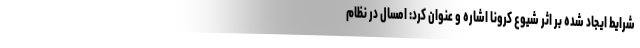
شرایط ایجاد شده بر اثر شیوع کرونا اشاره و عنوان کرد: امسال در نظام